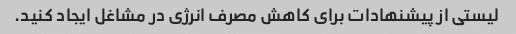
لیستی از پیشنهادات برای کاهش مصرف انرژی در مشاغل ایجاد کنید.